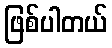
ဖြစ်ပါတယ်